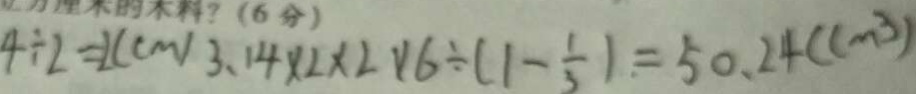
4 \div 2 = 2 ( c m ) 3 . 1 4 \times 2 \times 2 \times 6 \div ( 1 - \frac { 1 } { 3 } ) = 5 0 . 2 4 ( c m ^ { 3 } )